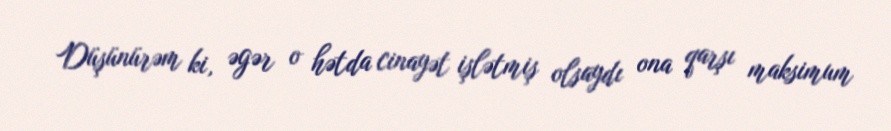
Düşünürəm ki, əgər o hətda cinayət işlətmiş olsaydı ona qarşı maksimum